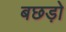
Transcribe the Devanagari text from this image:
बछड़ो